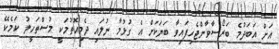
އަށް އަބަދުމެ ބަރޯސާވާންޖެހިފައިވާ ބަޔަކަށް އެ ގުޅުމާ ނުލައި ދެމިއޮތުމަކީ މުސްތަހީލު ކަމެކޭ